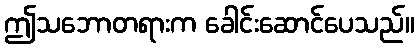
ဤသဘောတရားက ခေါင်းဆောင်ပေသည်။